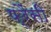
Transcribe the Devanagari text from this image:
फ्रैंसी